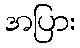
အပြား